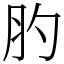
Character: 肑